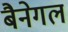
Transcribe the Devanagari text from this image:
बैनेगल